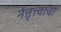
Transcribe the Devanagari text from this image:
नेत्तृत्त्वाची